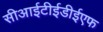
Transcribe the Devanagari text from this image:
सीआईटीईडीईएफ